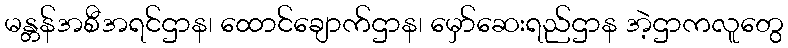
မန္တန်အစီအရင်ဌာန၊ ထောင်ချောက်ဌာန၊ မှော်ဆေးရည်ဌာန အဲ့ဌာကလူတွေ